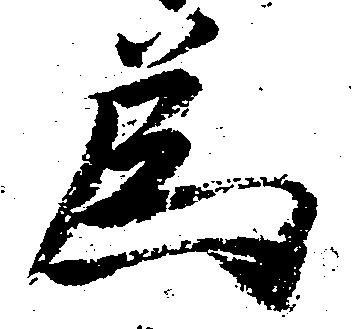
為